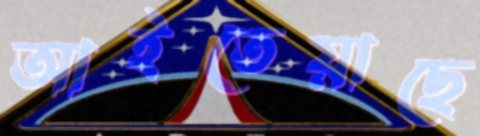
আইতেয়াছে